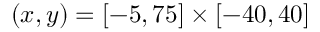
( x , y ) = [ - 5 , 7 5 ] \times [ - 4 0 , 4 0 ]